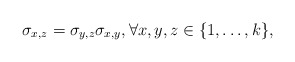
\begin{align*} \sigma_{x,z} = \sigma_{y,z} \sigma_{x,y},\forall x,y,z \in \{1,\dots,k\},\end{align*}